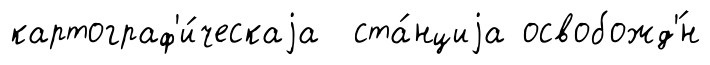
картограф'и́ческаjа ста́нциjа освобожд'́н